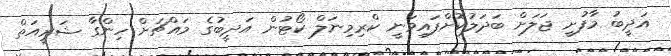
އަދީބު މާފުށީ ޖަލަށް ބަދަލުކޮށްފައިވަނީ ކްރިމިނަލް ކޯޓުން އަދީބުގެ މައްޗަށް ހިންގާ ޝަރީއަތް